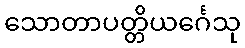
သောတာပတ္တိယင်္ဂေသု